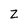
Character: z